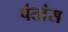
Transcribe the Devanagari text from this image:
पंतांस